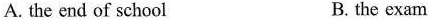
A. the end of school B. the exam